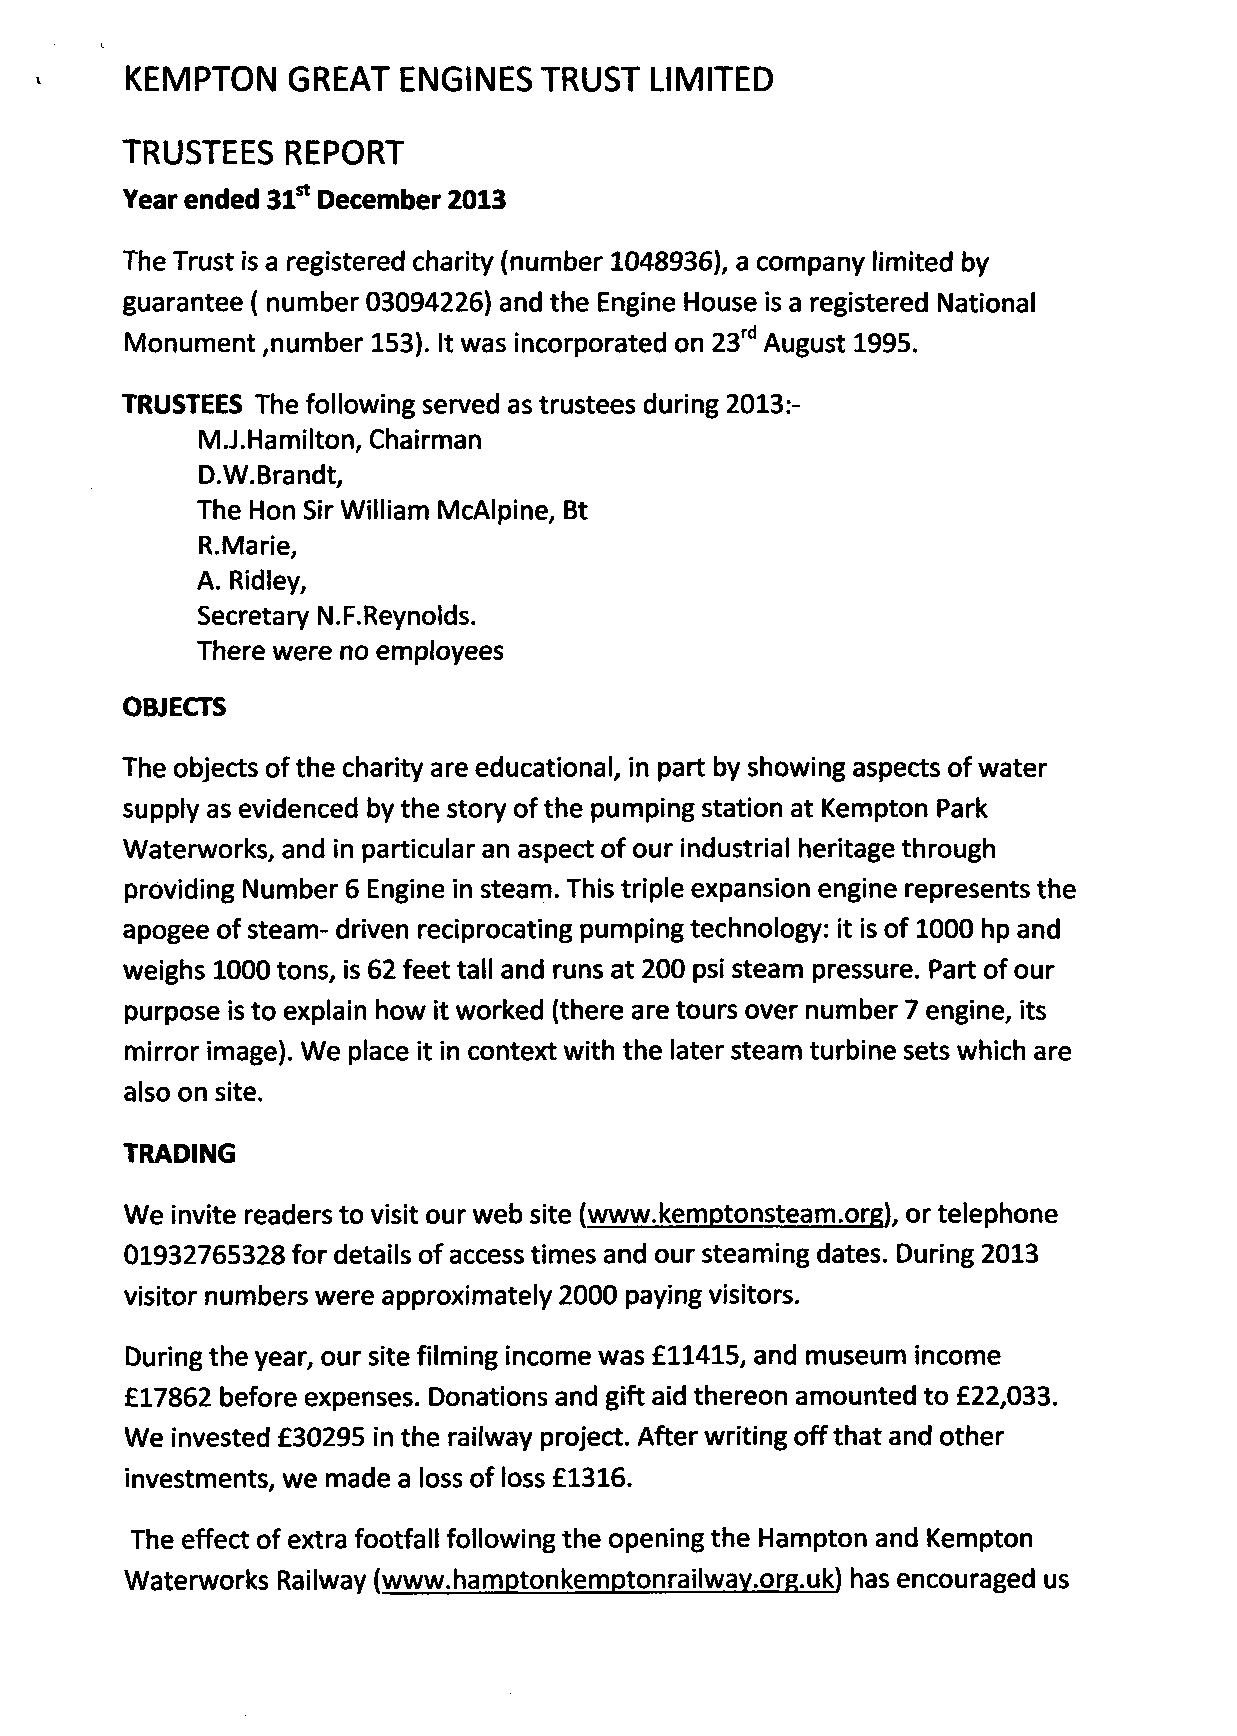
KEMPTON    GREAT   ENGINES  TRUST  LIMITED
 TRUSTEES   REPORT
 Year ended 31st December 2013
 The Trust is a registered charity (number 1048936), a company limited by
 guarantee ( number 03094226) and the Engine House is a registered National
 Monument ,number 153). It was incorporated on 23rd August 1995.
 TRUSTEES The following served as trustees during 2013:-
 M.J.Hamilton, Chairman
 D.W.Brandt,
 The Hon Sir William McAlpine, Bt
 R.Marie,
 A. Ridley,
 Secretary N.F.Reynolds.
 There were no employees
 OBJECTS
 The objects of the charity are educational, in part by showing aspects of water
 supply as evidenced by the story ofthe pumping station at Kempton Park
 Waterworks, and in particular an aspect of our industrial heritage through
 providing Number 6 Engine in steam. This triple expansion engine represents the
 apogee of steam- driven reciprocating pumping technology: it is of 1000 hp and
 weighs 1000 tons, is 62 feet tall and runs at 200 psi steam pressure. Part of our
 purpose is to explain how it worked (there are tours over number 7 engine, its
 mirror image). We place it in context with the later steam turbine sets which are
 also on site.
 TRADING
 We invite readers to visit our web site (www.kemptonsteam.org). or telephone
 01932765328 for details of access times and our steaming dates. During 2013
 visitor numbers were approximately 2000 paying visitors.
 During the year, our site filming income was £11415, and museum income
 £17862 before expenses. Donations and gift aid thereon amounted to £22,033.
 We invested £30295 in the railway project. After writing off that and other
 investments, we made a loss of loss £1316.
 The effect of extra footfall following the opening the Hampton and Kempton
 Waterworks Railway (www.hamptonkemptonrailway.org.uk) has encouraged us